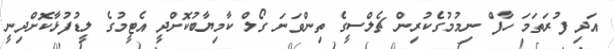
އަދި ފުރަތަމަ ހާފް ނިމުމުގެކުރިން ޗެލްސީގެ ތިންވަނަ ގޯލް ކާމިޔާބުކޮށްދީ އެޓީމުގެ ލީޑުފުޅާކޮށްދިނީ